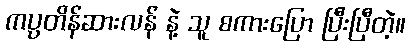
ကပ္ပတိန်ဆားလန် နဲ့ သူ စကားပြော ပြီးပြီတဲ့။